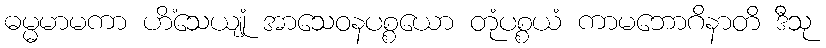
ဓမ္မမာမကာ ဟိံသေယျုံ အာသေဝနပစ္စယော တုံပစ္စယံ ကာမဘောဂိနာတိ ဒီသု